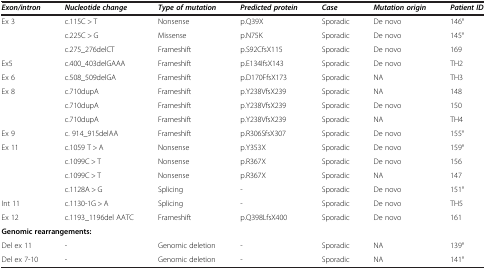
<table><thead><tr><td><b><i>Exon/intron</i></b></td><td><b><i>Nucleotide change</i></b></td><td><b><i>Type of mutation</i></b></td><td><b><i>Predicted protein</i></b></td><td><b><i>Case</i></b></td><td><b><i>Mutation origin</i></b></td><td><b><i>Patient ID</i></b></td></tr></thead><tbody><tr><td>Ex 3</td><td>c.115C &gt; T</td><td>Nonsense</td><td>p.Q39X</td><td>Sporadic</td><td>De novo</td><td>146°</td></tr><tr><td>[EMPTY_CELL]</td><td>c.225C &gt; G</td><td>Missense</td><td>p.N75K</td><td>Sporadic</td><td>De novo</td><td>145°</td></tr><tr><td>[EMPTY_CELL]</td><td>c.275_276delCT</td><td>Frameshift</td><td>p.S92CfsX115</td><td>Sporadic</td><td>De novo</td><td>169</td></tr><tr><td>Ex5</td><td>c.400_403delGAAA</td><td>Frameshift</td><td>p.E134IfsX143</td><td>Sporadic</td><td>De novo</td><td>TH2</td></tr><tr><td>Ex 6</td><td>c.508_509delGA</td><td>Frameshift</td><td>p.D170FfsX173</td><td>Sporadic</td><td>NA</td><td>TH3</td></tr><tr><td>Ex 8</td><td>c.710dupA</td><td>Frameshift</td><td>p.Y238VfsX239</td><td>Sporadic</td><td>NA</td><td>148</td></tr><tr><td>[EMPTY_CELL]</td><td>c.710dupA</td><td>Frameshift</td><td>p.Y238VfsX239</td><td>Sporadic</td><td>De novo</td><td>150</td></tr><tr><td>[EMPTY_CELL]</td><td>c.710dupA</td><td>Frameshift</td><td>p.Y238VfsX239</td><td>Sporadic</td><td>NA</td><td>TH4</td></tr><tr><td>Ex 9</td><td>c. 914_915delAA</td><td>Frameshift</td><td>p.R306SfsX307</td><td>Sporadic</td><td>De novo</td><td>155°</td></tr><tr><td>Ex 11</td><td>c.1059 T &gt; A</td><td>Nonsense</td><td>p.Y353X</td><td>Sporadic</td><td>De novo</td><td>159°</td></tr><tr><td>[EMPTY_CELL]</td><td>c.1099C &gt; T</td><td>Nonsense</td><td>p.R367X</td><td>Sporadic</td><td>De novo</td><td>156</td></tr><tr><td>[EMPTY_CELL]</td><td>c.1099C &gt; T</td><td>Nonsense</td><td>p.R367X</td><td>Sporadic</td><td>NA</td><td>147</td></tr><tr><td>[EMPTY_CELL]</td><td>c.1128A &gt; G</td><td>Splicing</td><td>-</td><td>Sporadic</td><td>De novo</td><td>151°</td></tr><tr><td>Int 11</td><td>c.1130-1G &gt; A</td><td>Splicing</td><td>-</td><td>Sporadic</td><td>De novo</td><td>TH5</td></tr><tr><td>Ex 12</td><td>c.1193_1196del AATC</td><td>Frameshift</td><td>p.Q398LfsX400</td><td>Sporadic</td><td>De novo</td><td>161</td></tr><tr><td colspan="7"><b>Genomic rearrangements:</b></td></tr><tr><td>Del ex 11</td><td>-</td><td>Genomic deletion</td><td>-</td><td>Sporadic</td><td>NA</td><td>139°</td></tr><tr><td>Del ex 7-10</td><td>-</td><td>Genomic deletion</td><td>-</td><td>Sporadic</td><td>NA</td><td>141°</td></tr></tbody></table>